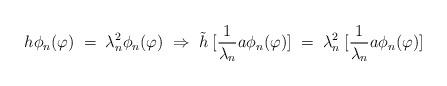
LaTeX: \begin{align*}h \phi_n (\varphi) \;=\; \lambda_n^2 \phi_n (\varphi) \;\Rightarrow\;{\tilde h} \; [\frac{1}{\lambda_n} a\phi_n (\varphi)] \;=\; \lambda_n^2 \;[\frac{1}{\lambda_n} a\phi_n (\varphi)] \end{align*}